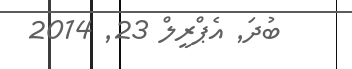
ބުދަ